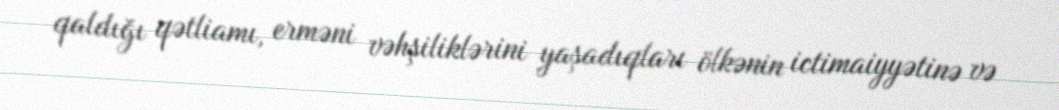
qaldığı qətliamı, erməni vəhşiliklərini yaşadıqları ölkənin ictimaiyyətinə və